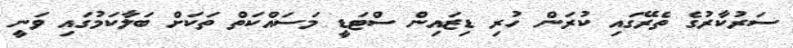
ސަރުކާރުގެ ތެރޭގައި ކުރަން ހުރި ޑިޒައިން ސްޓަޑީ މަސައްކަތް ތަކަށް ބަލާކަމުގައި ވަނީ